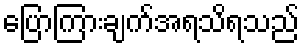
ပြောကြားချက်အရသိရသည်